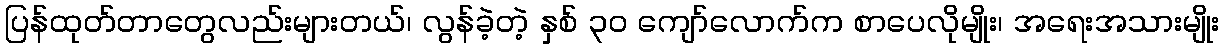
ပြန်ထုတ်တာတွေလည်းများတယ်၊ လွန်ခဲ့တဲ့ နှစ် ၃၀ ကျော်လောက်က စာပေလိုမျိုး၊ အရေးအသားမျိုး